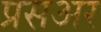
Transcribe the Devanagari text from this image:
प्रसअर